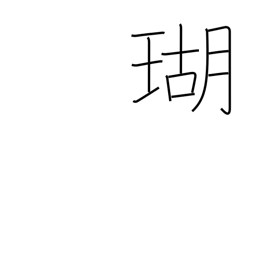
Meaning: coral